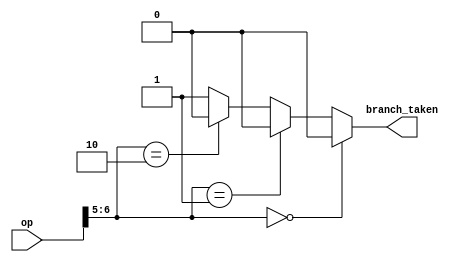
`timescale 1ns / 1ps
//////////////////////////////////////////////////////////////////////////////////
// Company: 
// Engineer: 
// 
// Design Name: 
// Module Name: Branch_taker
// Project Name: 
// Target Devices: 
// Tool Versions: 
// Description: 
// 
// Dependencies: 
// 
// Revision:
// Revision 0.01 - File Created
// Additional Comments:
// 
//////////////////////////////////////////////////////////////////////////////////


module Branch_predictor(op,branch_taken);

input [6:0] op;
output branch_taken;

assign branch_taken = (op[6:5] == 2'b00) ? 1'b0 :
                      (op[6:5] == 2'b01) ? 1'b0 :
                      (op[6:5] == 2'b10) ? 1'b0 : 1'b1 ;
                      



endmodule